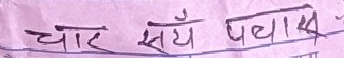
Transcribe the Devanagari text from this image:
चार सँय पथाक्नु